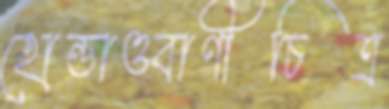
হোন্ডাওবাণীচিত্র